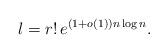
LaTeX: \begin{align*} l=r!\,e^{(1+o(1))n\log n}. \end{align*}